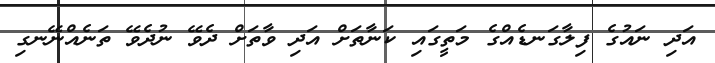
އަދި ނައުގެ ފިލާގަނޑެއްގެ މަތީގައި ކަނާތަށް އަދި ވާތަށް ދެވޭ ނުދެވޭ ތަނެއްނޭނގި